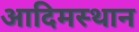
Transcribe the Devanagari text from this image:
आदिमस्थान